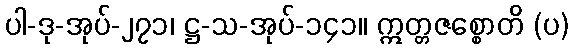
ပါ-ဒု-အုပ်-၂၇၁၊ ဋ္ဌ-သ-အုပ်-၁၄၁။ ဣတ္တဇစ္စောတိ (ပ)